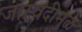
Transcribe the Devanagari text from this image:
जास्वंदीमुळे